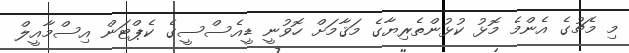
މި މެޗުގެ އެންމެ މޮޅު ކުޅުންތެރިޔާގެ މަޤާމަށް ހޮވުނީ ޑީއެސްސީގެ ކެޕްޓަން އިސްމާއީލް